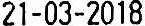
21-03-2018